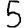
Digit: 5